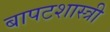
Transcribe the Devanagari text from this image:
बापटशास्त्री